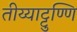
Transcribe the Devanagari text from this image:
तीय्याट्टुण्णि